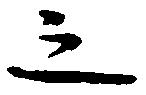
之